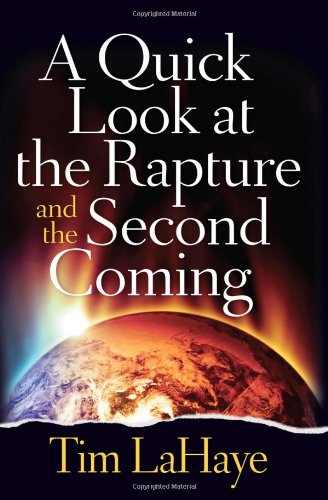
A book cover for A Quick Look at the Rapture and the Second Coming (Tim Lahaye Prophecy Library); Tim LaHaye; Christian Books & Bibles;